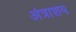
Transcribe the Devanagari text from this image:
अंत्राशय